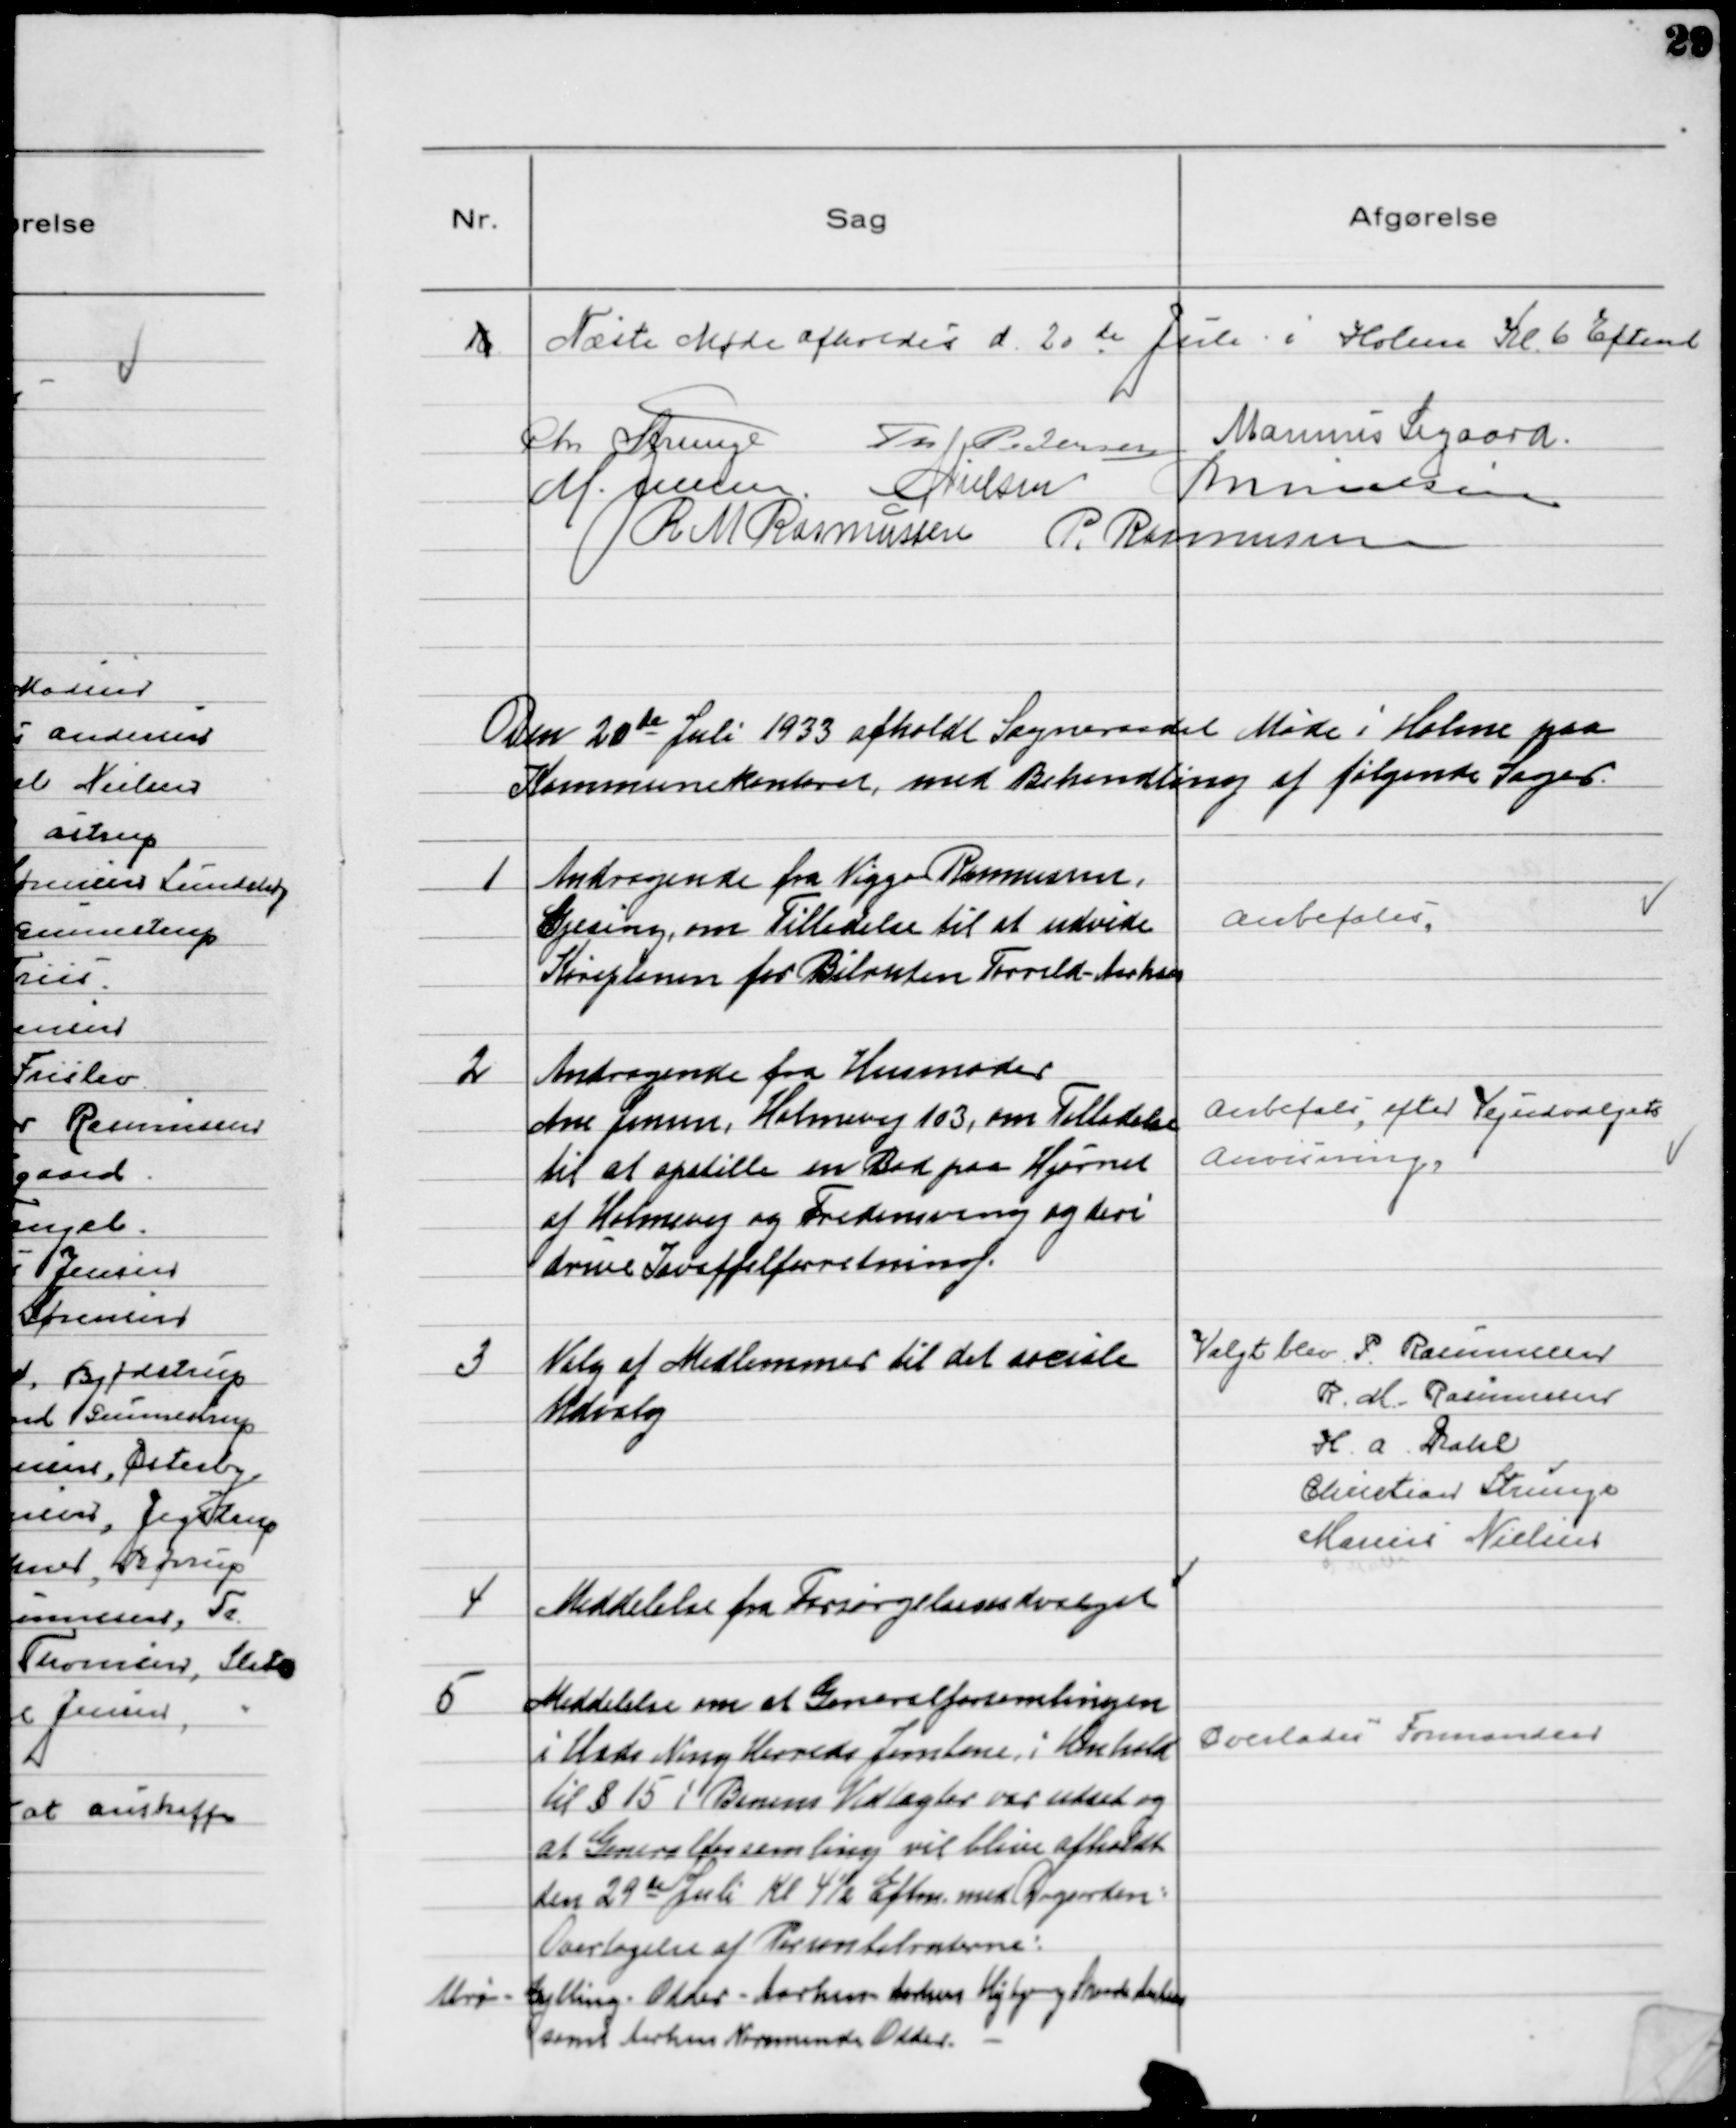
Transskription:
16
Næste Møde afholdes d. 20de Juli i Holme Kl. 6 Eftemd
Chr Strunge Th Pedersen Marinus Sigaard
M. Jensen NNielsen MNielsen
R M Rasmussen P. Rasmussen

Den 20de Juli 1933 afholdt Sogneraadet Møde i Holme paa
Kommunekontoret, med Behandling af følgende Sager.

1
Andragende fra Viggo Rasmussen,
Gjesing, om Tilladelse til at udvide
Køreplanen for Bilruten Torrild-Aarhus

Anbefales

2
Andragende fra Husmoder
Ane Jensen, Holmevej 103, om Tilladelse
til at opstille en Bod på Hjørnet
af Holmevej og Fredensvej og deri
drive Isvaffelforretning.

Anbefales, efter Vejudvalgets
Anvisning.

3
Valg af Medlemmer til det sociale
Udvalg

Valgt blev P. Rasmussen
R. M. Rasmussen
H. A. Dahl
Christian Strunge
Marius Nielsen

4
Meddelelse fra Forsørgelsesudvalget

5
Meddelelse om at Generalforsamlingen
i Hads Ning Herreds Jernbane i Henhold
til § 15 i Banens Vedtægter var udsat og
at Generalforsamling vil blive afholdt
den 29 de Juli Kl 4½ Eftm med Dagsorden:
Overtagelse af Personbilruterne:
Alrø - Gylling - Odder - Aarhus - Aarhus Højbjerg Skaade Aarhus
samt Aarhus Norsminde Odder.

Overlodes Formanden